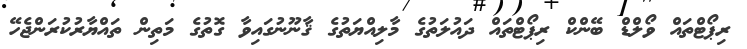
ރިޕޯޓްތައް ވޯލްޑް ބޭންކް ރިޕޯޓްތައް ދައުލަތުގެ މާލިއްޔަތުގެ ޤާނޫނުގައިވާ ގޮތުގެ މަތިން ތައްޔާރުކުރަންޖެހޭ